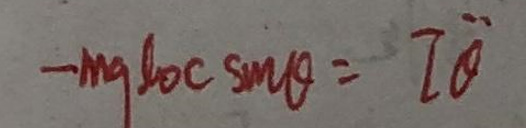
$-mg l \cos \theta = J \ddot{\theta}$